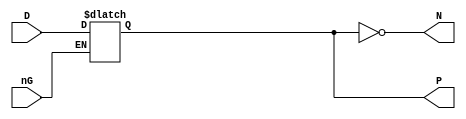
// NeoGeo logic definition
// Copyright (C) 2018 Sean Gonsalves
//
// This program is free software: you can redistribute it and/or modify
// it under the terms of the GNU General Public License as published by
// the Free Software Foundation, either version 3 of the License, or
// (at your option) any later version.
//
// This program is distributed in the hope that it will be useful,
// but WITHOUT ANY WARRANTY; without even the implied warranty of
// MERCHANTABILITY or FITNESS FOR A PARTICULAR PURPOSE.  See the
// GNU General Public License for more details.
//
// You should have received a copy of the GNU General Public License
// along with this program.  If not, see <https://www.gnu.org/licenses/>.

// altera message_off 10240
module LT4(
	input nG,
	input [3:0] D,
	output reg [3:0] P = 4'd0,
	output [3:0] N
);

	always @(*)
		P <= (!nG) ? D : P;		// Latch
	
	assign N = ~P;

endmodule